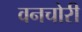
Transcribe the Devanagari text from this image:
वनचोरी